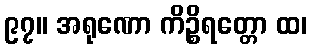
၉၇။ အရုဏော ကိဉ္စိရတ္တော ထ၊